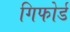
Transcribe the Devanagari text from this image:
गिफोर्ड